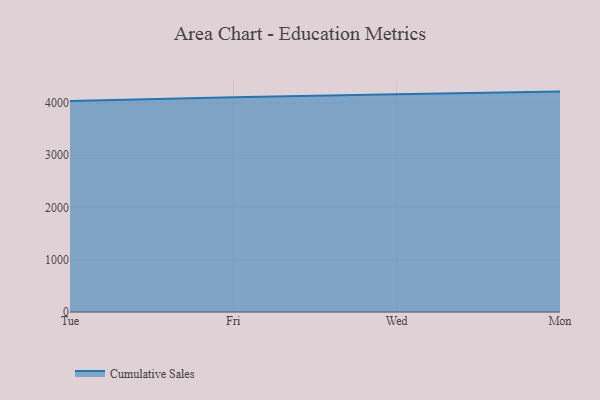
{"axis": {"x": "Day", "y": "Churn Rate (%)"}, "legend": ["Cumulative Sales"], "data": [{"x": "Tue", "y": 4036.3, "type": "Cumulative Sales"}, {"x": "Fri", "y": 4111.7, "type": "Cumulative Sales"}, {"x": "Wed", "y": 4169.7, "type": "Cumulative Sales"}, {"x": "Mon", "y": 4218.3, "type": "Cumulative Sales"}]}